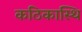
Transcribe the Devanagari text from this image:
कठिकास्थि